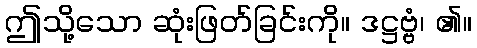
ဤသို့သော ဆုံးဖြတ်ခြင်းကို။ ဒဋ္ဌဗ္ဗံ၊ ၏။